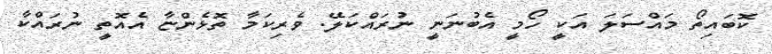
ކޮބައިތޯ މައްސަލަ އަކީ ހޯމީ އެބުނަނީ ނުރައްކަލޭ. ވެރިކަމާ ތޮޅެންޏާ އެއޮތީ ނުރައްކާ